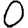
Digit: 0